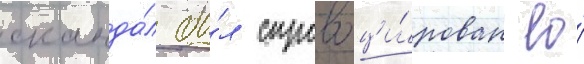
сканда́л бы́л спровоци́рован ео́